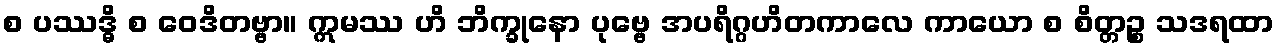
စ ပဿဒ္ဓိ စ ဝေဒိတဗ္ဗာ။ ဣမဿ ဟိ ဘိက္ခုနော ပုဗ္ဗေ အပရိဂ္ဂဟိတကာလေ ကာယော စ စိတ္တဉ္စ သဒရထာ